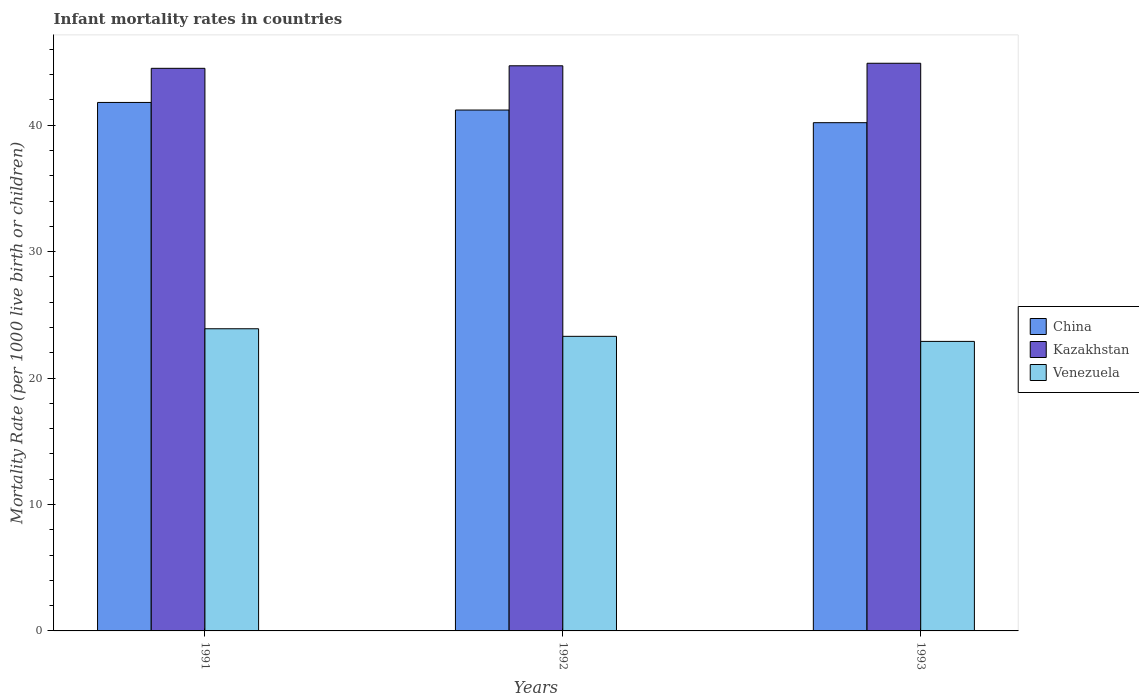
| Years | China | Kazakhstan | Venezuela |
 | --- | --- | --- | --- |
 | 1991 | 41.8 | 44.5 | 23.9 |
 | 1992 | 41.2 | 44.7 | 23.3 |
 | 1993 | 40.2 | 44.9 | 22.9 |